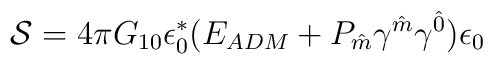
{\cal S} = 4 \pi G_{10} \epsilon^{\ast}_{0} (E_{ADM} + P_{\hat{m}}\gamma^{\hat{m}} \gamma^{\hat{0}} ) \epsilon_{0}